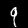
Label: 9